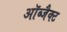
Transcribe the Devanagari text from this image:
ऑब्जैक्ट